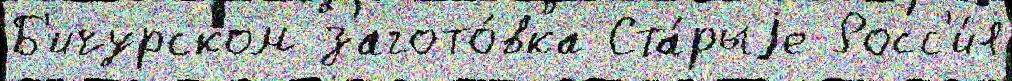
Б'ичурском загото́вка Ста́рыjе Росс'и́я